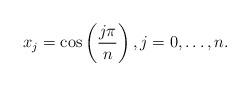
LaTeX: \begin{align*}x_j = \cos\left( \frac{j \pi}{n} \right), j=0,\ldots,n.\end{align*}